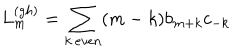
LaTeX: L _ { m } ^ { ( g h ) } = \sum _ { k : e v e n } ( m - k ) b _ { m + k } c _ { - k }